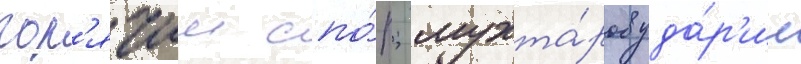
гор'ячии спо́р; мухта́ров уда́р'ил